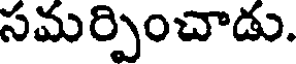
సమర్పించాడు.